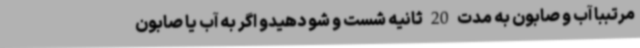
مرتببا آب و صابون به مدت 20 ثانیه شست و شو دهیدو اگر به آب یا صابون